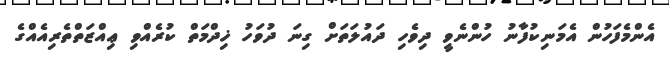
އެންމެފަހުން އެމަނިކުފާނު ހުންނެވީ ދިވެހި ދައުލަތަށް ގިނަ ދުވަހު ޚިދްމަތް ކުރެއްވި ޢިއްޒަތްތެރިއެއްގެ